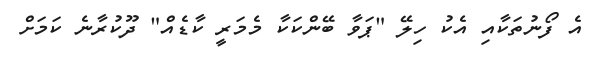
އެ ފޯނުތަކާއި އެކު ހިލޭ "ޕަވާ ބޭންކަކާ މެމަރީ ކާޑެއް" ދޫކުރާނެ ކަމަށް